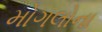
મોગલોના